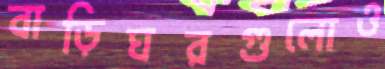
বাড়িঘরগুলোও